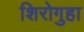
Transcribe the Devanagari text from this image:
शिरोगुहा